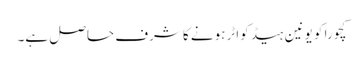
کچورا کو یونین ہیڈ کواٹر ہونے کا شرف حاصل ہے۔